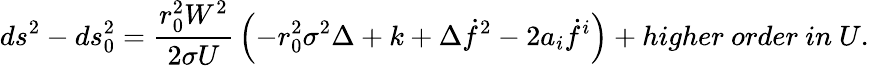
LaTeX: ds^{2}-ds_{0}^{2}={\frac{r_{0}^{2}W^{2}}{2\sigma U}}\left(-r_{0}^{2}\sigma^{2}\Delta+k+\Delta\dot{f}^{2}-2a_{i}\dot{f}^{i}\right)+higher\ order\ in\ U.